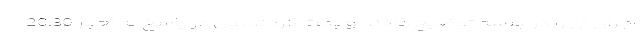
اجرای آن را در جلسه توضیح دادند و بحث کردند. وی در پاسخ به اخبار 20:30